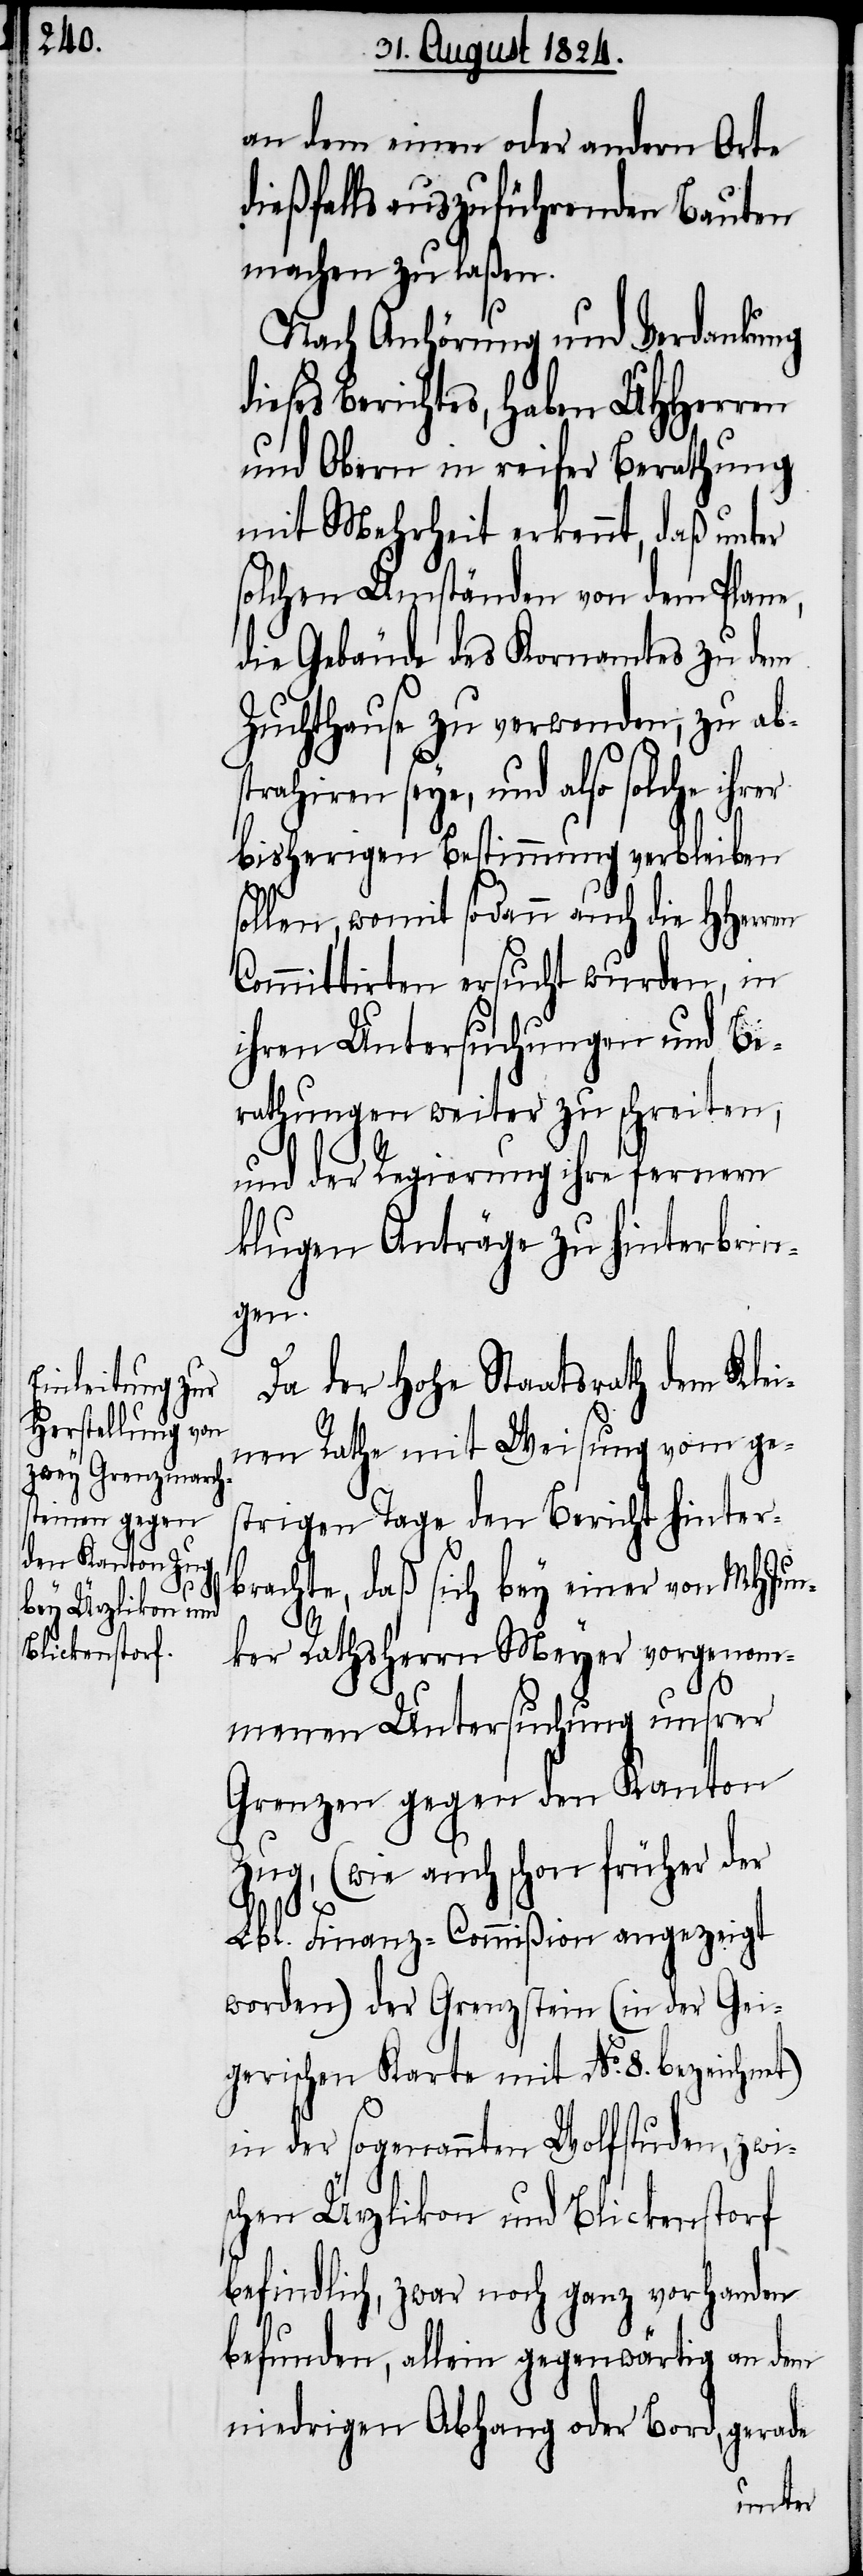
an dem einen oder andern Orte
dießfalls auszuführenden Bauten
machen zu laßen.
Nach Anhörung und Verdankung
eses Berichtes, haben UHHerren
und Obern in reifer Berathung
mit Mehrheit erkennt, daß unter
solchen Umständen von dem Plane,
die Gebäude des Kornamtes zu dem
Zuchthause zu verwenden, zu ab¬
strahiren seye, und also solche ihrer
bisherigen Bestimmung verbleiben
ollen, womit sodann auch die HHerren
Committirten ersucht wurden, in
ihren Untersuchungen und Be¬
rathungen weiter zu schreiten,
und der Regierung ihre fernern
klugen Anträge zu hinterbrin¬
gen.
Da der Hohe Staatsrath dem Klei¬
nen Rathe mit Weisung vom ge¬
strigen Tage den Bericht hinter¬
brachte, daß sich bey einer von MHJun¬
ker Rathsherrn Meyer vorgenom¬
menen Untersuchung unsrer
Grenzen gegen den Kanton
Zug, (wie auch schon früher der
s¬
Lbl. Finanz-Commißion angezeigt
worden) der Grenzstein (in der Gei¬
gerischen Karte mit No. 8. bezeichnet)
in der sogenannten Wolfstuden, zwi¬
schen Ürzlikon und Blickenstorf
befindlich, zwar noch ganz vorhanden
befunden, allein gegenwärtig an dem
niedrigen Abhang oder Bord, gerade